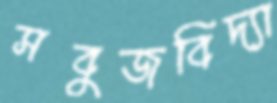
সবুজবিদ্যা